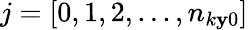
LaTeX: j=[0,1,2,...,n_{k\mathbf{y}0}]